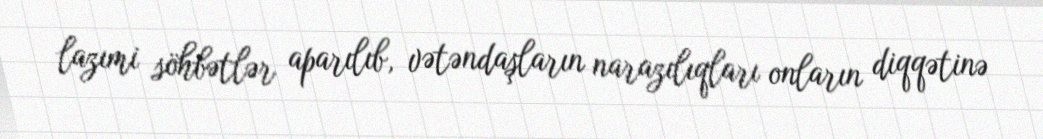
lazımi söhbətlər aparılıb, vətəndaşların narazılıqları onların diqqətinə